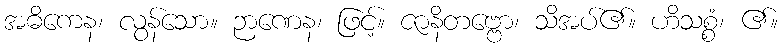
အဓိကေန၊ လွန်သော။ ဉာဏေန၊ ဖြင့်။ ဇာနိတဗ္ဗော၊ သိအပ်၏။ ဟိသစ္စံ၊ ၏။